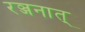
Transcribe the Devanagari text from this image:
रञ्जनात्